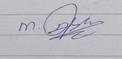
Signature authenticity: genuine